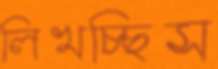
লিখচ্ছিস